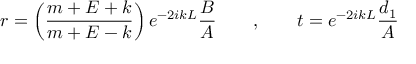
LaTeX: r = \left( \frac { m + E + k } { m + E - k } \right) e ^ { - 2 i k L } \frac { B } { A } \qquad , \qquad t = e ^ { - 2 i k L } \frac { d _ { 1 } } { A }